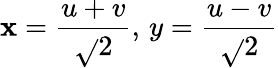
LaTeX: \mathbf{x}={\frac{{u+v}}{{\sqrt{}{{2}}}}},\, y={\frac{{u-v}}{{\sqrt{}{{2}}}}}